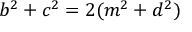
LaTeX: b ^ { 2 } + c ^ { 2 } = 2 ( m ^ { 2 } + d ^ { 2 } )